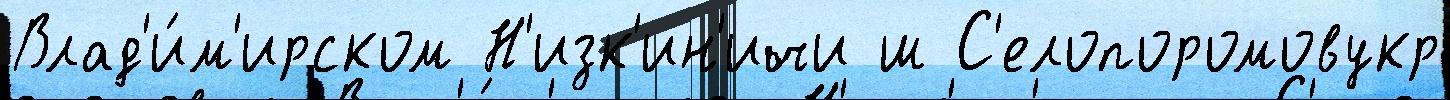
Влад'и́м'ирском Н'изк'ин'ичи ш С'елопоромовукр